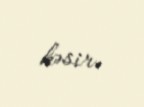
kəsir.